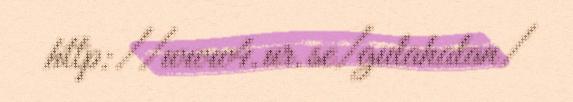
http://www4.ur.se/gulahalan/